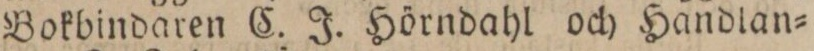
Bokbindaren C. J. Hörndahl och Handlan=